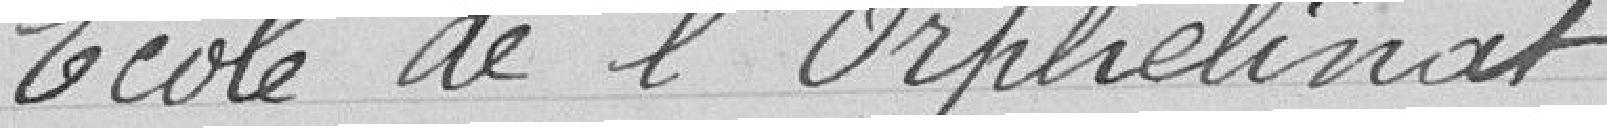
Ecole de l'orphelinat